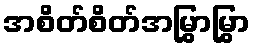
အစိတ်စိတ်အမြွှာမြွှာ